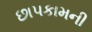
છાપકામની